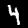
Digit: 4